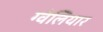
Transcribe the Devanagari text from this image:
ग्वेलियार